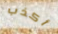
أكذب